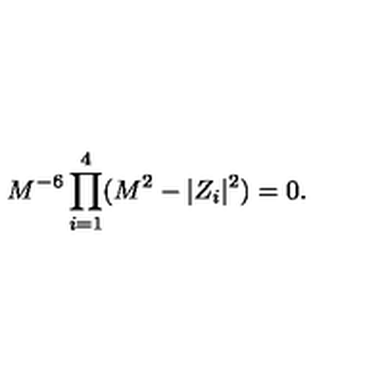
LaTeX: M ^ { - 6 } \prod _ { i = 1 } ^ { 4 } ( M ^ { 2 } - | Z _ { i } | ^ { 2 } ) = 0 .